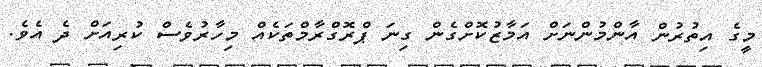
މީގެ އިތުރުން އާންމުންނަށް އަމާޒުކޮށްގެން ގިނަ ޕްރޮގްރާމްތަކެއް މިހާރުވެސް ކުރިއަށް ދެ އެވެ.